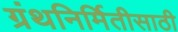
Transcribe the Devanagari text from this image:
ग्रंथनिर्मितीसाठी